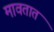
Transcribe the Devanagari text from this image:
मावतात